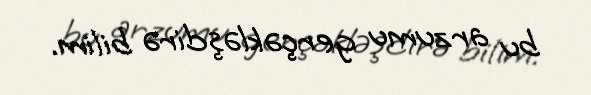
bu arzumu gerçəkləşdirə bilim.